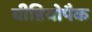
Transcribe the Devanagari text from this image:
वीडियोपैक